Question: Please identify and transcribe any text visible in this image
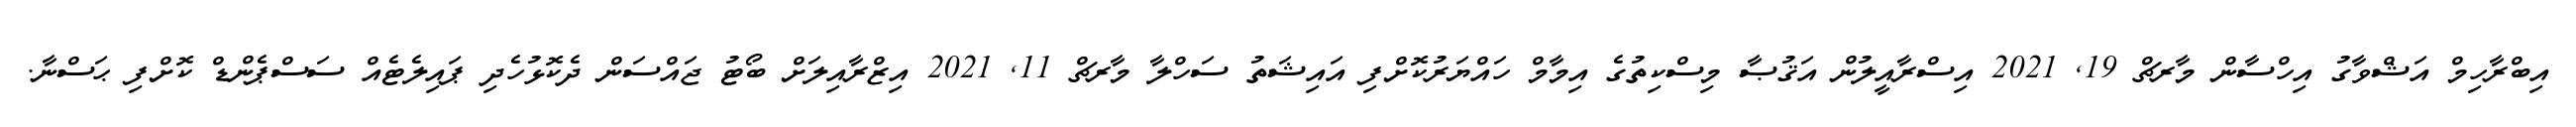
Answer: އިބްރާހިމް އަޝްވާގު އިހްސާން މާރޗް 19, 2021 އިސްރާއީލުން އަޤުޞާ މިސްކިތުގެ އިމާމް ހައްޔަރުކޮށްފި އައިޝަތު ސަހްލާ މާރޗް 11, 2021 އިޒްރާއިލަށް ބޯޓު ޖައްސަން ދެކޮޅުހެދި ޕައިލެޓެއް ސަސްޕެންޑް ކޮށްފި ޙަސްނާ.